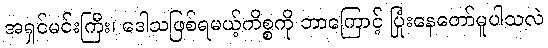
အရှင်မင်းကြီး၊ ဒေါသဖြစ်ရမယ့်ကိစ္စကို ဘာကြောင့် ပြုံးနေတော်မူပါသလဲ